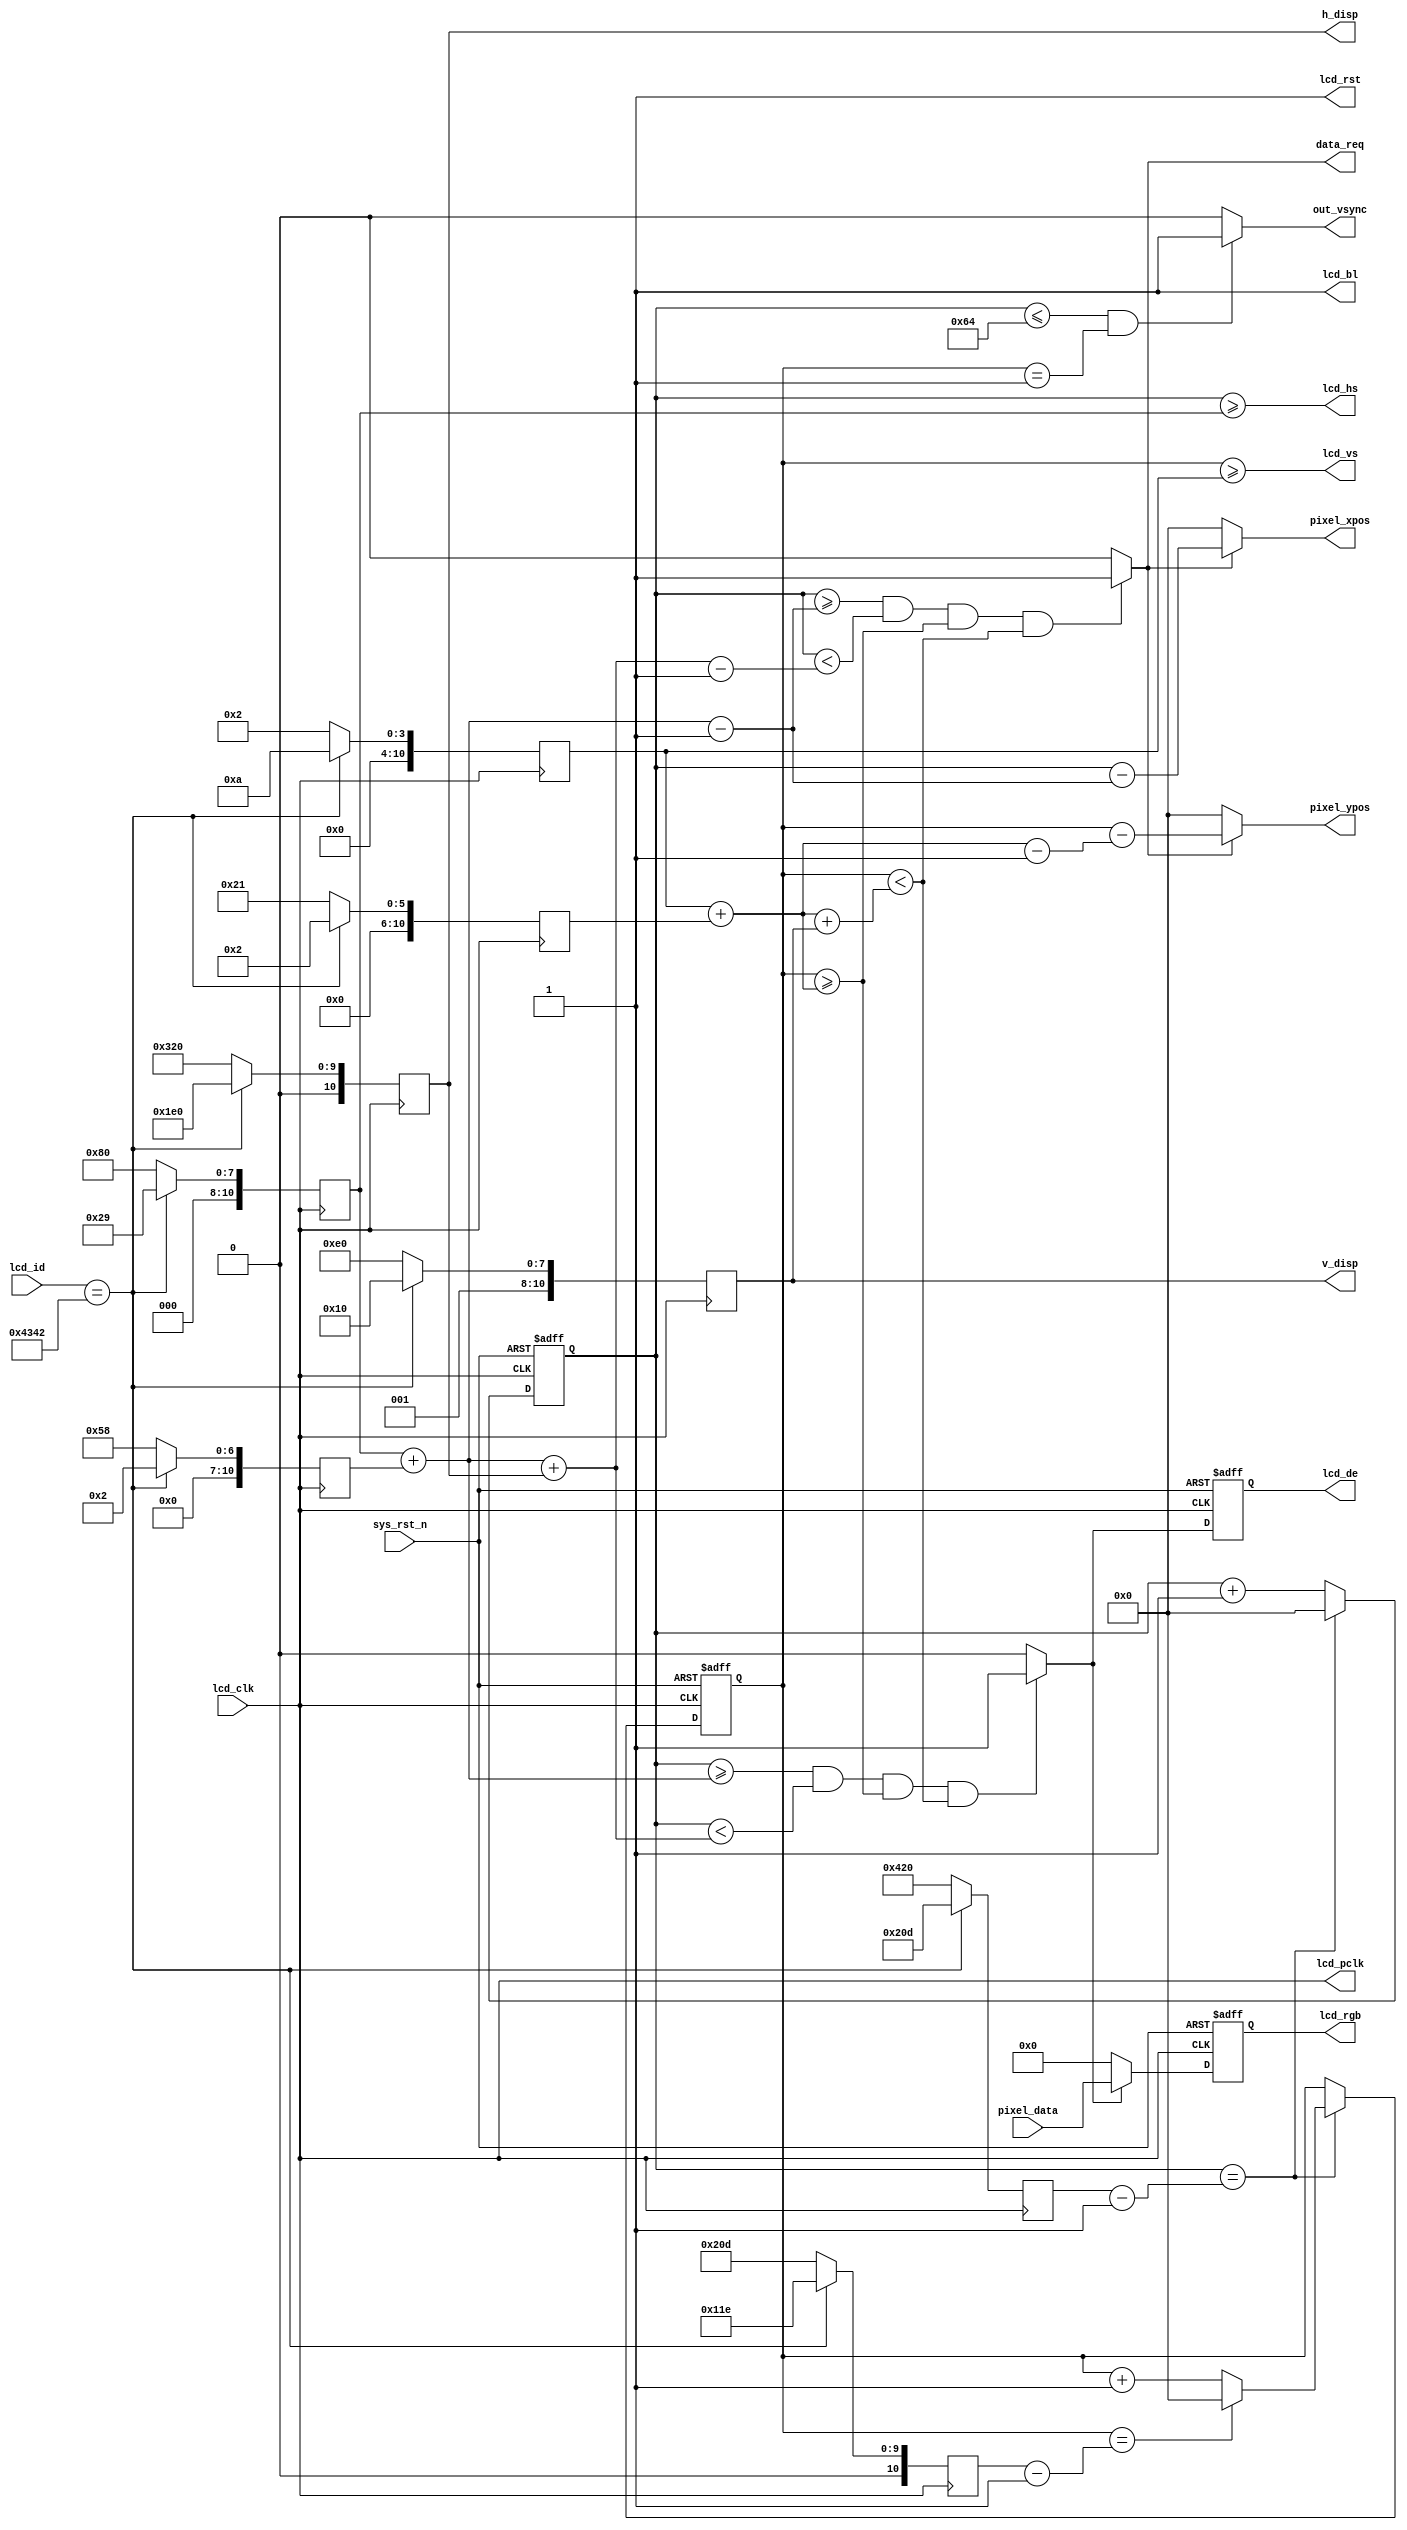
module lcd_driver(
    input              lcd_clk,      //lcd
	input              sys_rst_n,    //
	input      [15:0]  lcd_id,       //LCDID
	input      [15:0]  pixel_data,   //
	output             data_req  ,   // 
	output     [10:0]  pixel_xpos,   //
	output     [10:0]  pixel_ypos,   //
	output reg [10:0]  h_disp,       //LCD
	output reg [10:0]  v_disp,       //LCD 
	output             out_vsync,    //   
	//RGB LCD                          
	output             lcd_hs,       //LCD 
	output             lcd_vs,       //LCD 
	output reg         lcd_de,       //LCD 
	output reg [15:0]  lcd_rgb,      //LCD RGB565
	output             lcd_bl,       //LCD 
	output             lcd_rst,      //LCD 
	output             lcd_pclk      //LCD    
    );

//parameter define  
// 4.3' 480*272
parameter  H_SYNC_4342   =  11'd41;     //
parameter  H_BACK_4342   =  11'd2;      //
parameter  H_DISP_4342   =  11'd480;    //
parameter  H_FRONT_4342  =  11'd2;      //
parameter  H_TOTAL_4342  =  11'd525;    //
   
parameter  V_SYNC_4342   =  11'd10;     //
parameter  V_BACK_4342   =  11'd2;      //
parameter  V_DISP_4342   =  11'd272;    //
parameter  V_FRONT_4342  =  11'd2;      //
parameter  V_TOTAL_4342  =  11'd286;    //
  
// 4.3' 800*480   
parameter  H_SYNC_4384   =  11'd128;    //
parameter  H_BACK_4384   =  11'd88;     //
parameter  H_DISP_4384   =  11'd800;    //
parameter  H_FRONT_4384  =  11'd40;     //
parameter  H_TOTAL_4384  =  11'd1056;   //
   
parameter  V_SYNC_4384   =  11'd2;      //
parameter  V_BACK_4384   =  11'd33;     //
parameter  V_DISP_4384   =  11'd480;    //
parameter  V_FRONT_4384  =  11'd10;     //
parameter  V_TOTAL_4384  =  11'd525;    //    

//reg define
reg  [10:0] h_sync ;
reg  [10:0] h_back ;
reg  [10:0] h_total;
reg  [10:0] v_sync ;
reg  [10:0] v_back ;
reg  [10:0] v_total;
reg  [10:0] h_cnt  ;
reg  [10:0] v_cnt  ;

//wire define    
wire       lcd_en;


//*****************************************************
//**                    main code
//*****************************************************
assign lcd_bl   = 1'b1;           //RGB LCD
assign lcd_rst  = 1'b1;           //RGB LCD
assign lcd_pclk = lcd_clk;        //RGB LCD

//RGB LCD 
assign lcd_hs  = h_cnt >= h_sync;
assign lcd_vs  = v_cnt >= v_sync;

//RGB565
assign  lcd_en = ((h_cnt >= h_sync + h_back) && (h_cnt < h_sync + h_back + h_disp)
				&& (v_cnt >= v_sync + v_back) && (v_cnt < v_sync + v_back + v_disp)) 
				? 1'b1 : 1'b0;

//               
assign out_vsync = ((h_cnt <= 100) && (v_cnt == 1)) ? 1'b1 : 1'b0;
				
//,sdram  
assign data_req = ((h_cnt >= h_sync + h_back - 1'b1) && (h_cnt < h_sync + h_back + h_disp - 1'b1)
				&& (v_cnt >= v_sync + v_back) && (v_cnt < v_sync + v_back + v_disp)) 
				? 1'b1 : 1'b0;

//  
assign pixel_xpos = data_req ? (h_cnt - (h_sync + h_back - 1'b1)) : 11'd0;
assign pixel_ypos = data_req ? (v_cnt - (v_sync + v_back - 1'b1)) : 11'd0;


//LCD
always@ (posedge lcd_clk or negedge sys_rst_n) begin
	if(!sys_rst_n) 
		lcd_de <= 11'd0;
	else begin
		lcd_de <= lcd_en;  
	end    
end

//RGB565 
always@ (posedge lcd_clk or negedge sys_rst_n) begin
	if(!sys_rst_n) 
		lcd_rgb <= 16'd0;
	else begin
		if(lcd_en)
			lcd_rgb <= pixel_data;	
		else
			lcd_rgb <= 16'd0;		
	end    
end

//
always @(posedge lcd_pclk) begin
    case(lcd_id)
        16'h4342 : begin
            h_sync  <= H_SYNC_4342; 
            h_back  <= H_BACK_4342; 
            h_disp  <= H_DISP_4342; 
            h_total <= H_TOTAL_4342;
            v_sync  <= V_SYNC_4342; 
            v_back  <= V_BACK_4342; 
            v_disp  <= V_DISP_4342; 
            v_total <= V_TOTAL_4342;            
        end
        16'h4384 : begin
            h_sync  <= H_SYNC_4384; 
            h_back  <= H_BACK_4384; 
            h_disp  <= H_DISP_4384; 
            h_total <= H_TOTAL_4384;
            v_sync  <= V_SYNC_4384; 
            v_back  <= V_BACK_4384; 
            v_disp  <= V_DISP_4384; 
            v_total <= V_TOTAL_4384;             
        end        
        default : begin
            h_sync  <= H_SYNC_4384; 
            h_back  <= H_BACK_4384; 
            h_disp  <= H_DISP_4384; 
            h_total <= H_TOTAL_4384;
            v_sync  <= V_SYNC_4384; 
            v_back  <= V_BACK_4384; 
            v_disp  <= V_DISP_4384; 
            v_total <= V_TOTAL_4384;        
        end
    endcase
end


//
always@ (posedge lcd_pclk or negedge sys_rst_n) begin
	if(!sys_rst_n) 
		h_cnt <= 11'd0;
	else begin
		if(h_cnt == h_total - 1'b1)
			h_cnt <= 11'd0;
		else
			h_cnt <= h_cnt + 1'b1;           
	end
end

//
always@ (posedge lcd_clk or negedge sys_rst_n) begin
	if(!sys_rst_n) 
		v_cnt <= 11'd0;
	else begin
		if(h_cnt == h_total - 1'b1) begin
			if(v_cnt == v_total - 1'b1)
				v_cnt <= 11'd0;
			else
				v_cnt <= v_cnt + 1'b1;    
		end
	end    
end

endmodule